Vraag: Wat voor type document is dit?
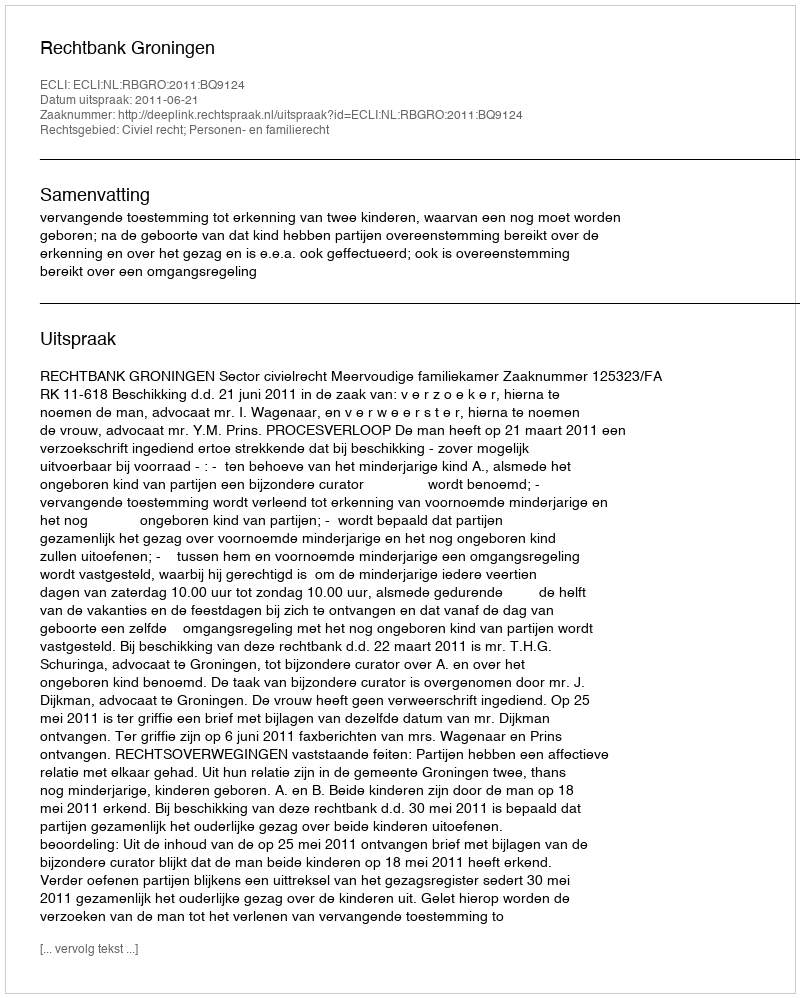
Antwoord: Uitspraak